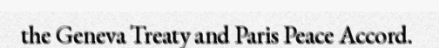
the Geneva Treaty and Paris Peace Accord.